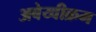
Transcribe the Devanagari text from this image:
अबेय्वीक्रम